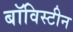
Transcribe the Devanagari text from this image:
बॉविस्टीन